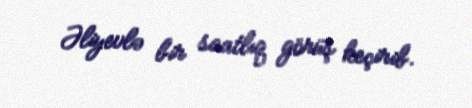
Əliyevlə bir saatlıq görüş keçirib.